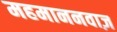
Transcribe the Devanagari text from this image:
महमाननवाज़